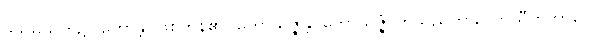
ဒသမသုတ်၌။ ဟောန္တိ၊ ဖြစ်ကုန်၏။ ကောသဇ္ဇန္တိ၊ ကောသဇ္ဇံ-ဟူသည်ကား။ ကုသီတဘာဝေါ၊